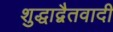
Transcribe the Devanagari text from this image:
शुद्धाद्वैतवादी